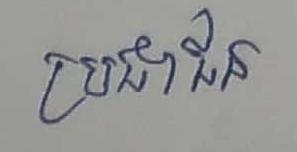
ប្រជាជន